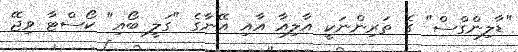
"ޑާލިންގްސް" ގެ ތަރިންނަކީ އާލިއާ އާއި އޭނާގެ "ގަލީ ބޯއި" ކޯސްޓާ ވިޖޭ